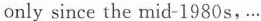
only since the mid-1980 s, …